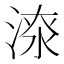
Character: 𣸷